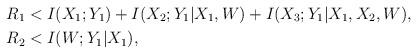
LaTeX: \begin{align*} R_1 &< I(X_1;Y_1) + I(X_2;Y_1|X_1,W) + I(X_3;Y_1|X_1,X_2,W),\\ R_2 &< I(W;Y_1|X_1), \end{align*}